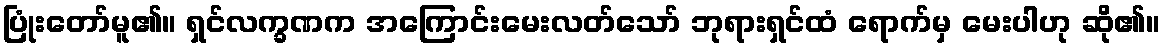
ပြုံးတော်မူ၏။ ရှင်လက္ခဏက အကြောင်းမေးလတ်သော် ဘုရားရှင်ထံ ရောက်မှ မေးပါဟု ဆို၏။